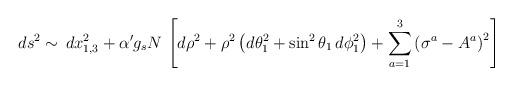
LaTeX: \begin{align*} ds^2 \sim \, dx^2_{1,3} + \alpha' g_s N\, \left[ d\rho^2 + \rho^2 \left( d\theta_1^2 + \sin^2\theta_1 \,d\phi_1^2 \right) + \sum_{a=1}^3\left(\sigma^a - A^a \right)^2 \right]\end{align*}